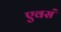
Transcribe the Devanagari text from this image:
एवसं